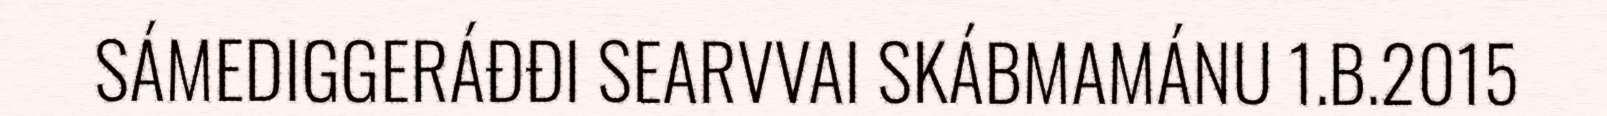
SÁMEDIGGERÁĐĐI SEARVVAI SKÁBMAMÁNU 1.B.2015